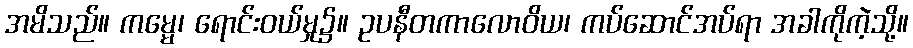
အမိသည်။ ကမ္မေ၊ ရောင်းဝယ်မှု၌။ ဥပနီတကာလောဝိယ၊ ကပ်ဆောင်အပ်ရာ အခါကိုကဲ့သို့။